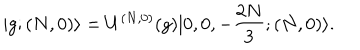
| g ; ( N , 0 ) \rangle = U ^ { ( N , 0 ) } ( g ) | 0 , 0 , - \frac { 2 N } { 3 } ; ( N , 0 ) \rangle .